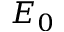
E _ { 0 }